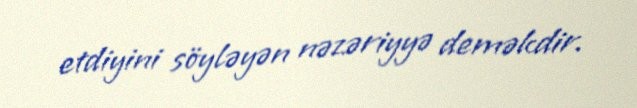
etdiyini söyləyən nəzəriyyə deməkdir.